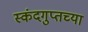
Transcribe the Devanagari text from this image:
स्कंदगुप्तच्या